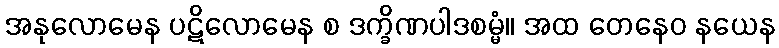
အနုလောမေန ပဋိလောမေန စ ဒက္ခိဏပါဒစမ္မံ။ အထ တေနေဝ နယေန